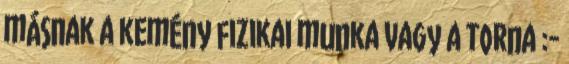
másnak a kemény fizikai munka vagy a torna :-